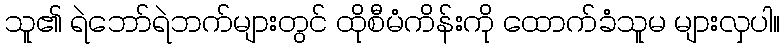
သူ၏ ရဲဘော်ရဲဘက်များတွင် ထိုစီမံကိန်းကို ထောက်ခံသူမ များလှပါ။